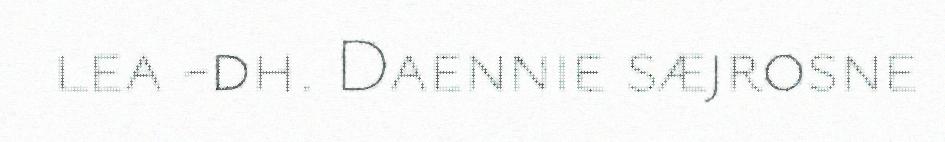
lea -dh. Daennie sæjrosne